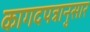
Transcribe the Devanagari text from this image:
कागदपत्रानुसार